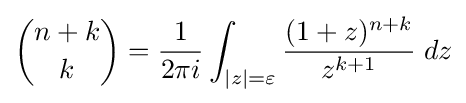
{n+k \choose k}={\frac {1}{2\pi i}}\int _{|z|=\varepsilon }{\frac {(1+z)^{n+k}}{z^{k+1}}}\;dz